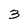
Character: 3